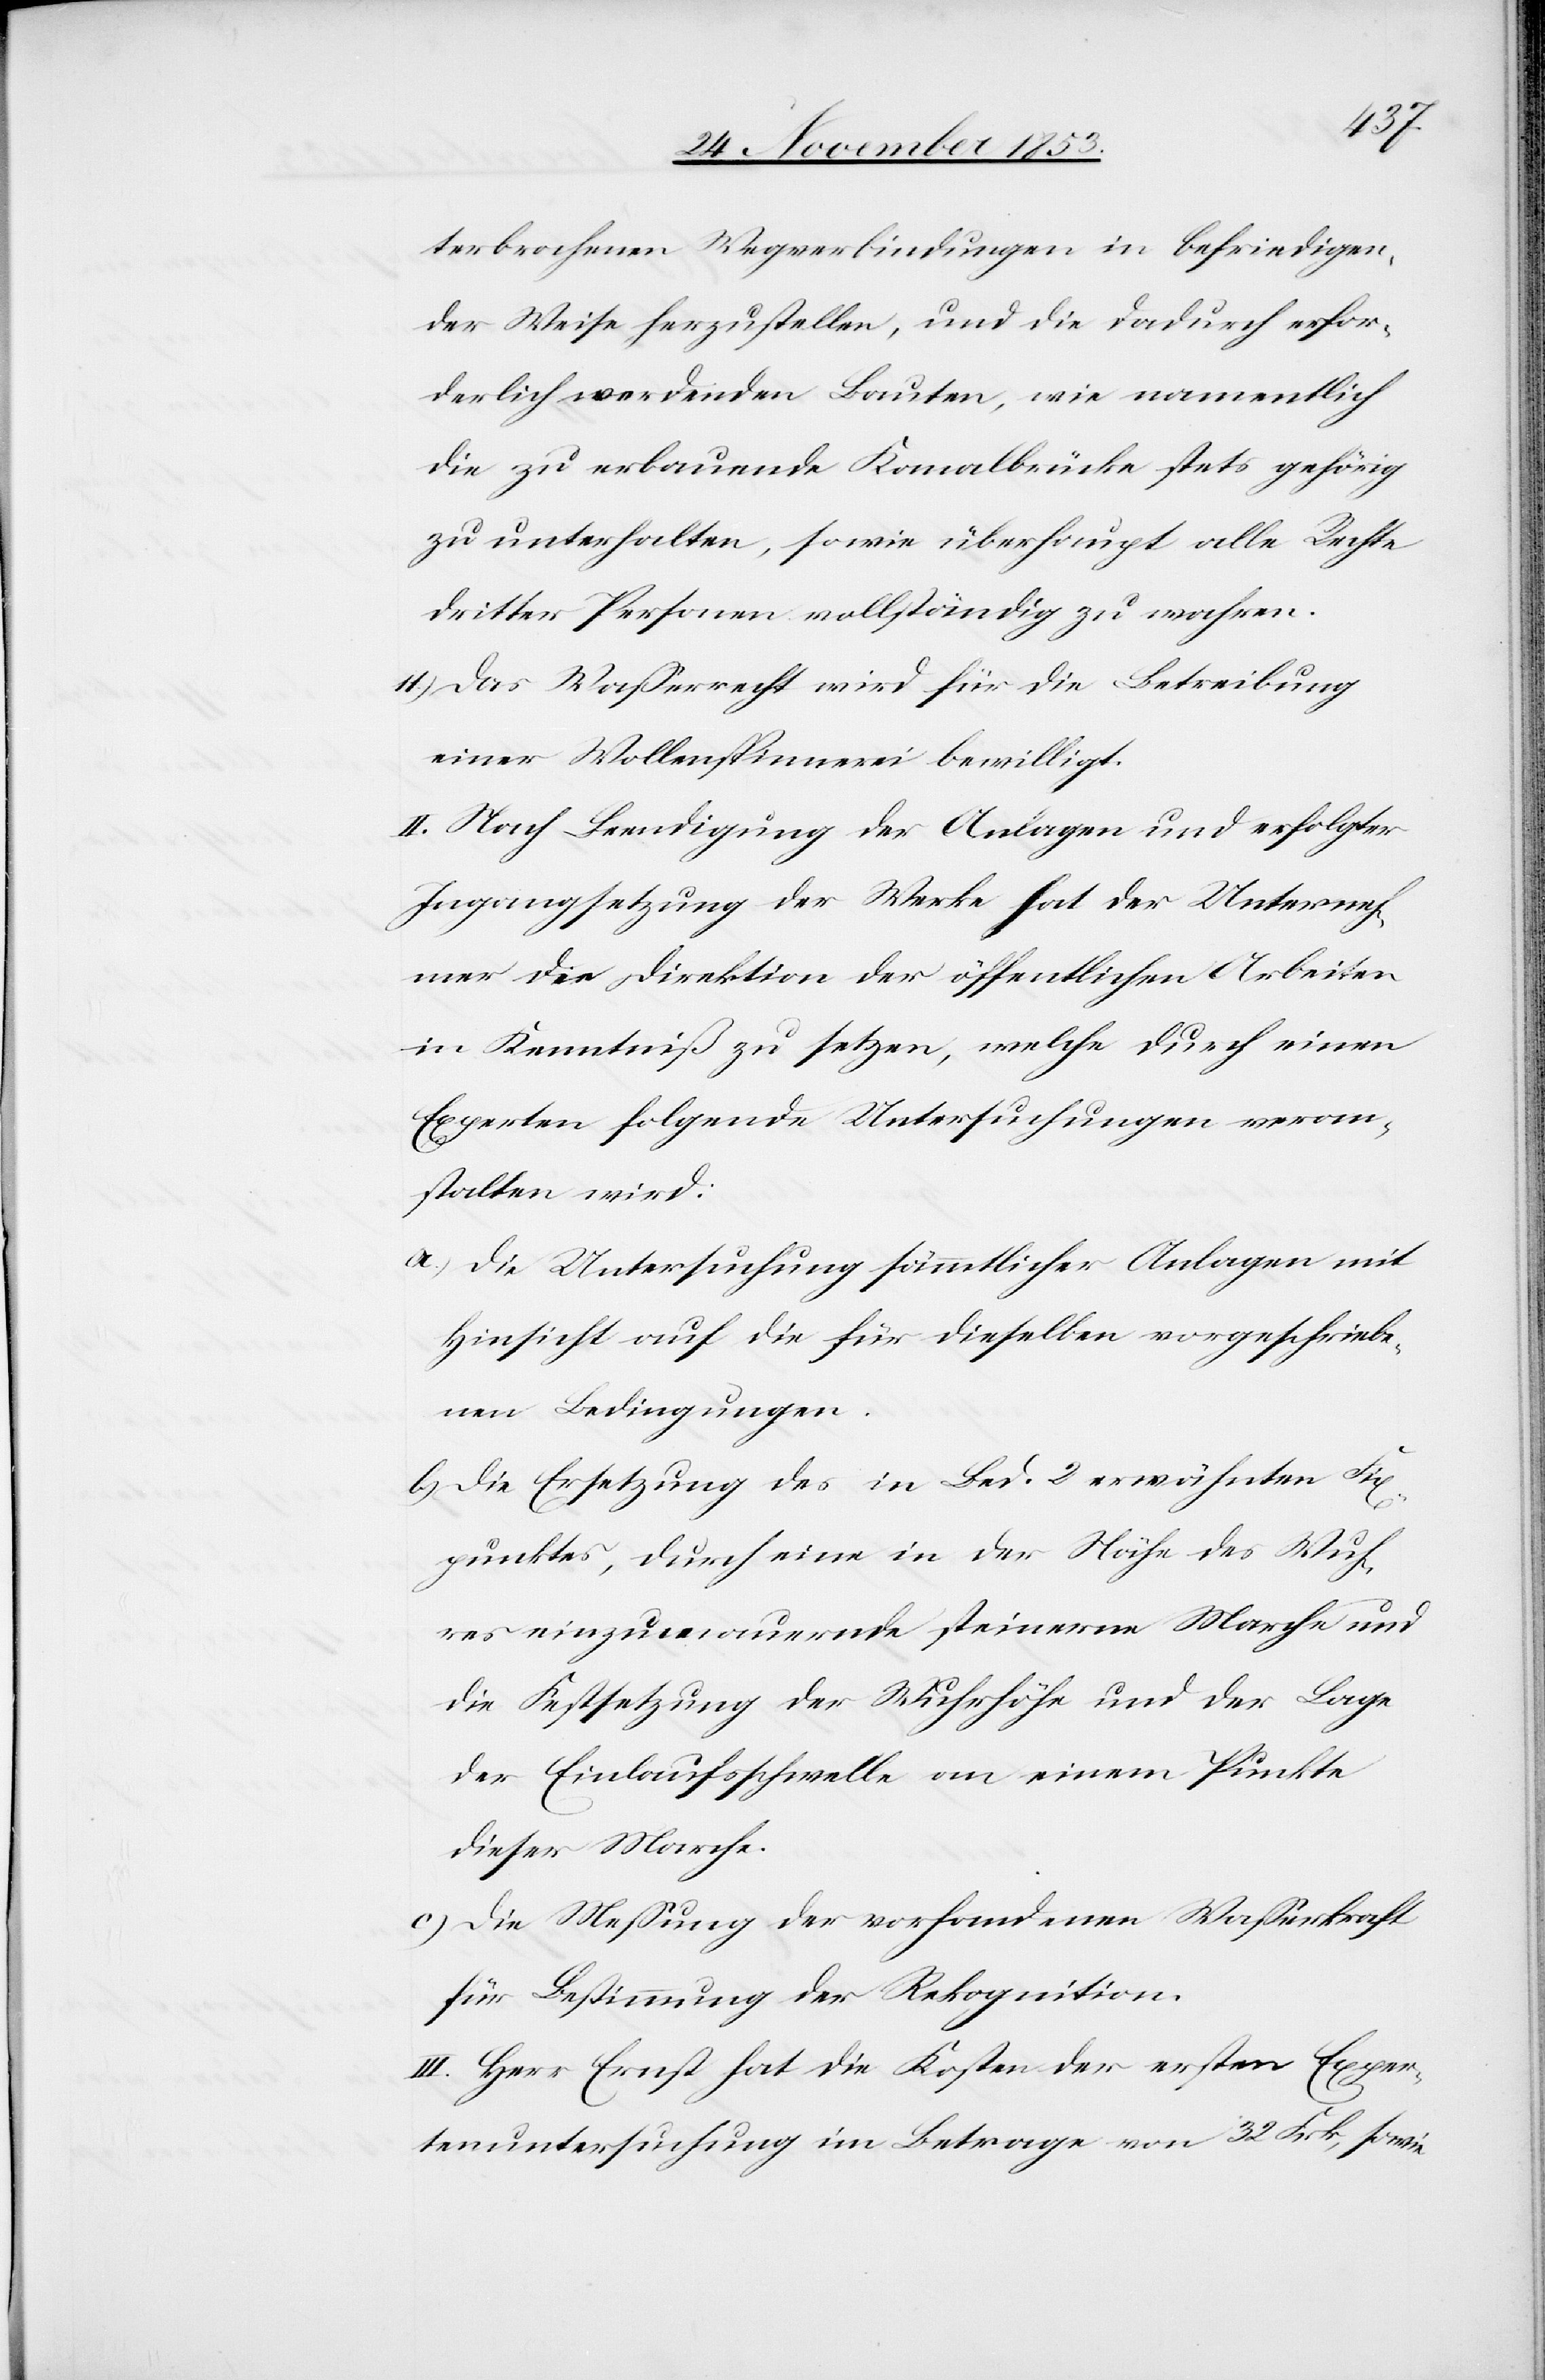
terbrochenen Wegverbindungen in befriedigen¬
der Weise herzustellen, und die dadurch erfor¬
derlich werdenden Bauten, wie namentlich
die zu erbauende Kanalbrücke stets gehörig
zu unterhalten, sowie überhaupt alle Rechte
dritter Personen vollständig zu wahren.
11.) Das Waßerrecht wird für die Betreibung
einer Wollenspinnerei bewilligt.
II. Nach Beendigung der Anlagen und erfolgter
Ingangsetzung der Werke hat der Unterneh¬
mer die Direktion die öffentlichen Arbeiten
in Kenntniß zu setzen, welche durch einen
Experten folgende Untersuchungen veran¬
stalten wird.
a.) Die Untersuchung sämmtlicher Anlagen mit
Hinsicht auf die für dieselben vorgeschriebe¬
nen Bedingungen.
b) Die Ersetzung des in Bed. 2 erwähnten Fix¬
punktes, durch eine in der Nähe des Wuh¬
res einzumauernde steinerne Marche und
die Festsetzung der Wuhrhöhe und der Lage
der Einlaufsschwelle an einem Punkte
dieser Marche.
c.) Die Meßung der vorhandenen Waßerkraft
für Bestimmung der Rekognition.
III. Herr Ernst hat die Kosten der ersten Exper¬
tenuntersuchung im Betrage von 32 Frk., sowie